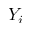
Y _ { i }